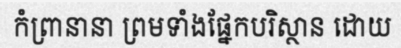
កំព្រានានា ព្រមទាំងផ្នែកបរិស្ថាន ដោយ